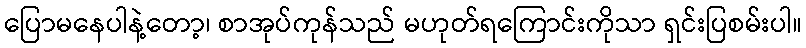
ပြောမနေပါနဲ့တော့၊ စာအုပ်ကုန်သည် မဟုတ်ရကြောင်းကိုသာ ရှင်းပြစမ်းပါ။